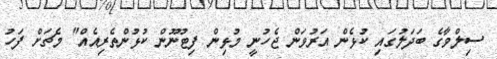
ސިލްވާގެ ބަދަލުގައި ކުޅެން އަރުވަން ޖެހުނީ މުޅިން ފިޓުނޫން ކުޅުންތެރިއެއް" މެޗަށް ފަހު